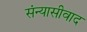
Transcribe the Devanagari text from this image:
संन्यासीवाद